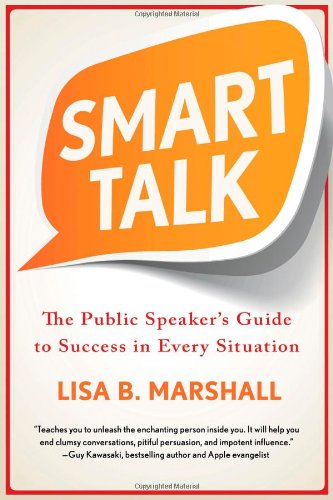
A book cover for Smart Talk: The Public Speaker's Guide to Success in Every Situation (Quick & Dirty Tips); Lisa B. Marshall; Business & Money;